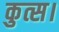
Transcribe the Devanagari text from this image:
कुत्स।